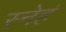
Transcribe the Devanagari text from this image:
स्नेहं